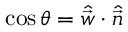
\cos \theta = \hat { \vec { w } } \cdot \hat { \vec { n } }